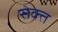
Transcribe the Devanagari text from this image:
सेक्त